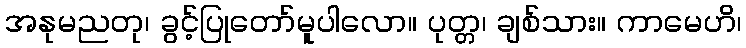
အနုမညတု၊ ခွင့်ပြုတော်မူပါလော။ ပုတ္တ၊ ချစ်သား။ ကာမေဟိ၊